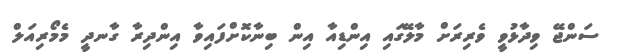
ސަންޖޭ ވިދާޅުވީ ވެރިރަށް މާލޭގައި އިންޑިއާ އިން ބިނާކޮށްފައިވާ އިންދިރާ ގާނދީ މެމޯރިއަލް